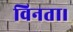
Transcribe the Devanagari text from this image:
विनता।